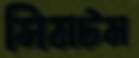
সিমটম